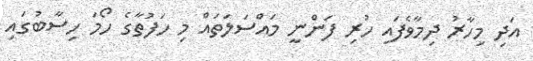
އަދި މިހާރު ދިމާވެފައި ހުރި ފަންނީ މައްސަލަތައް މި ހަފުތާގެ ހޯމަ ހިސާބުގައި